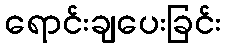
ရောင်းချပေးခြင်း